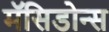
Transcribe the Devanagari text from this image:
मॅसिडोन्स